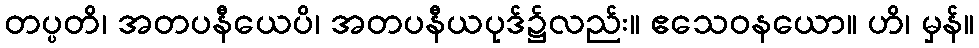
တပ္ပတိ၊ အတပနီယေပိ၊ အတပနီယပုဒ်၌လည်း။ ဧသေဝနယော။ ဟိ၊ မှန်။